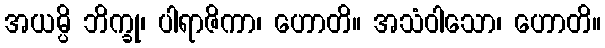
အယမ္ပိ ဘိက္ခု၊ ပါရာဇိကာ၊ ဟောတိ။ အသံဝါသော၊ ဟောတိ။